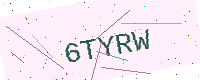
Text: 6TYRW